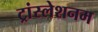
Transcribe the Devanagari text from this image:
ट्रांस्लेशनम